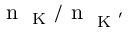
\textrm { n } _ { \textrm { K } } / \textrm { n } _ { \textrm { K } ^ { \prime } }